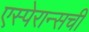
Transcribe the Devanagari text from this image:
एस्पेरान्सची